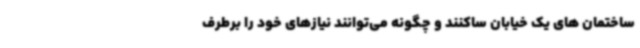
ساختمان های یک خیابان ساکنند و چگونه می‌توانند نیازهای خود را برطرف